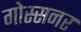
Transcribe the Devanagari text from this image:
गोस्सनर